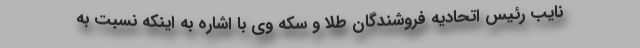
نایب رئیس اتحادیه فروشندگان طلا و سکه وی با اشاره به اینکه نسبت به